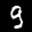
Label: 9